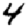
Digit: 4